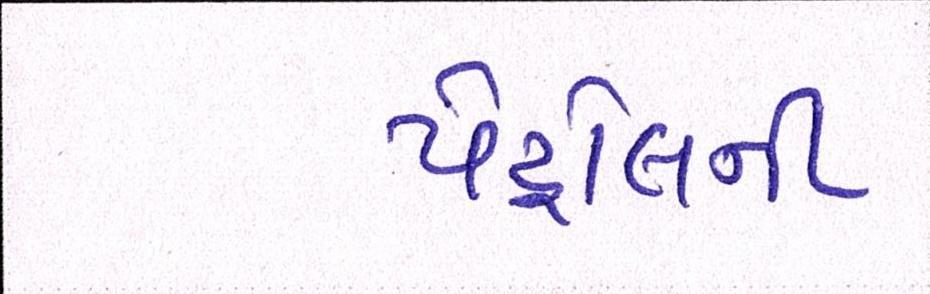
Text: પેટ્રોલની